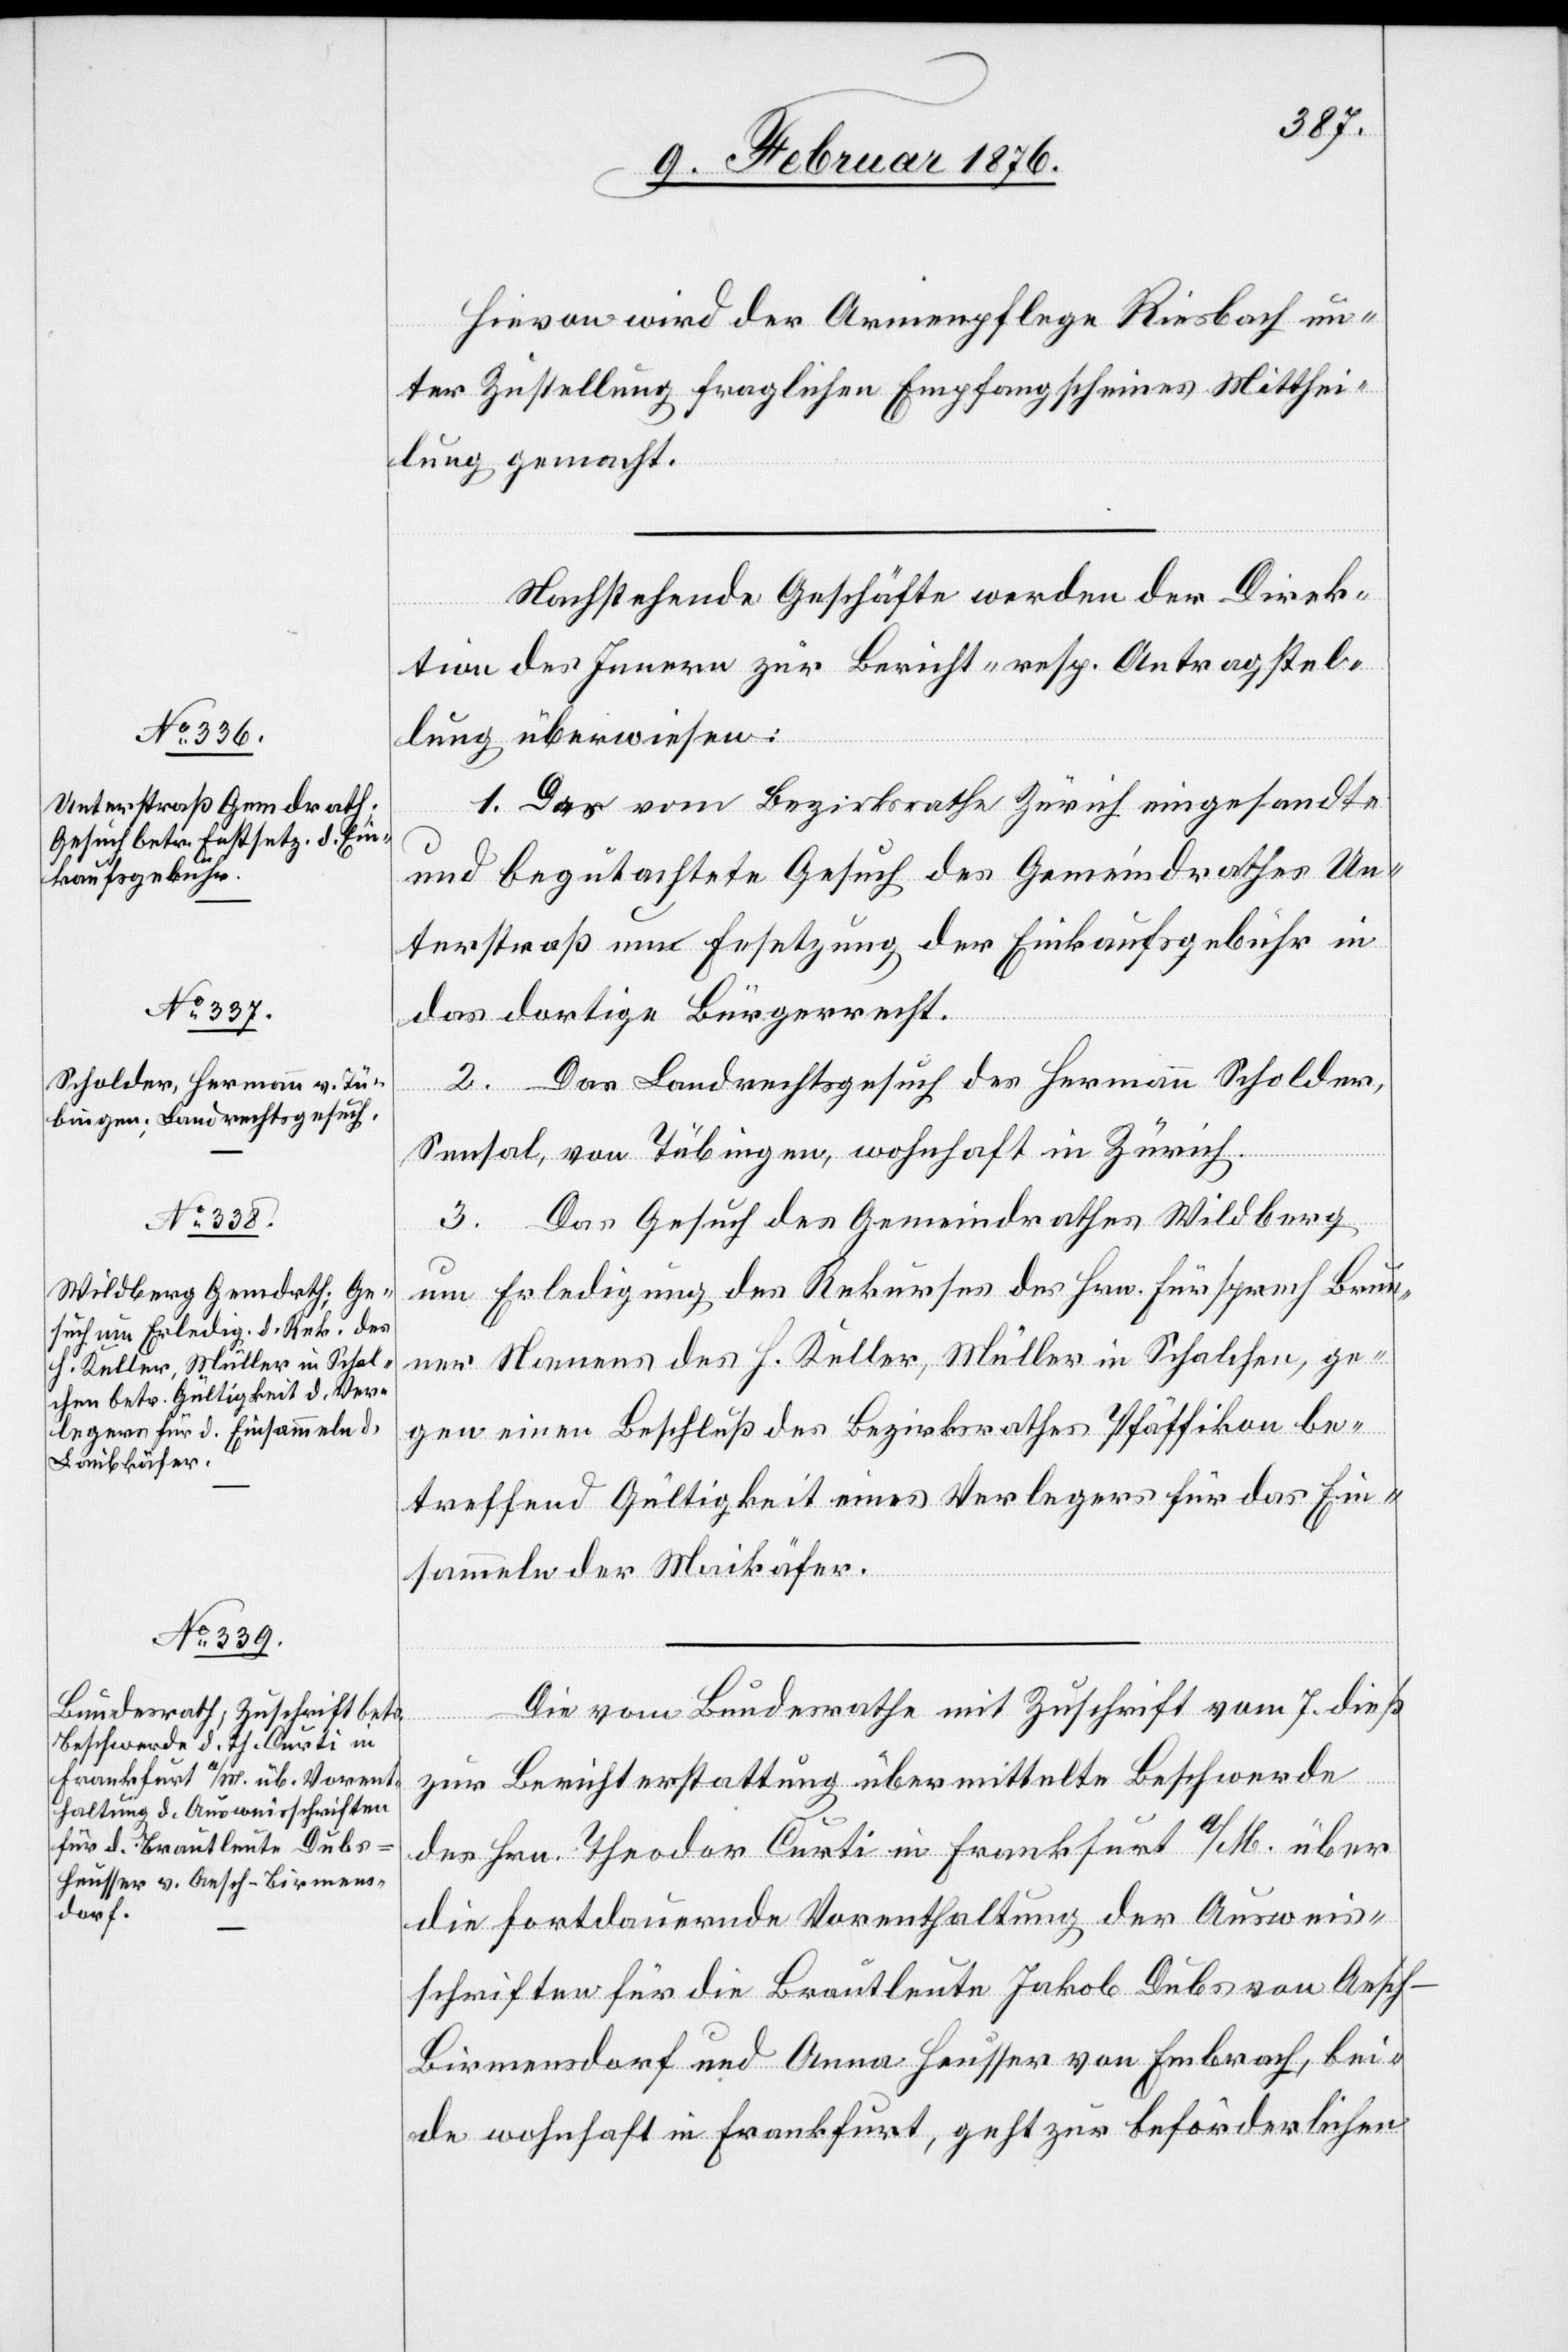
9. Februar 1876.]
Hiervon wird der Armenpflege Riesbach un¬
ter Zustellung fraglichen Empfangsschreibens Mitthei¬
lung gemacht.
Nachstehende Geschäfte werden der Direk¬
tion des Innern zu Bericht- resp. Antragstel¬
lung überwiesen:
1. Das vom Bezirksrathe Zürich eingesandte
und begutachtete Gesuch des Gemeinderathes Un¬
terstraß um Festsetzung der Einkaufsgebühr in
das dortige Bürgerrecht.
Das Landrechtsgesuch des Hermann Scholder,
Sensal, von Tübingen, wohnhaft in Zürich.
3. Das Gesuch des Gemeindrathes Wildberg
um Erledigung des Rekurses des Hrn. Fürsprech Brun¬
ner Namens des H. Keller, Müller in Schalchen, ge¬
gen einen Entschluß des Regierungsrathes Pfäffikon be¬
treffend Gültigkeit eines Verlegers für das Ein¬
sammeln der Maikäfer.
Die vom Bundesrathe mit Zuschrift vom 7. dieß
zur Berichterstattung übermittelte Beschwerde
des Hrn. Theodor Curti in Frankfurt a/M. über
die fortdauernde Vorenthaltung der Ausweis¬
schriften für die Brautleute Jakob Dubs von Aesc¬
h-Birmensdorf und Anna Heusser von Embrach, bei¬
de wohnhaft in Frankfurt, geht zur behördlichen